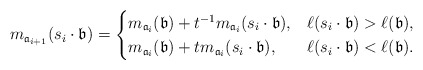
\begin{align*}m_{{\mathfrak{a}_{i+1}} }(s_i \cdot \mathfrak{b})=\begin{cases} m_{\mathfrak{a}_i} (\mathfrak{b}) + t^{-1} m_{\mathfrak{a}_i}(s_i \cdot \mathfrak{b}), & \ell(s_i \cdot \mathfrak{b}) > \ell(\mathfrak{b}), \\ m_{\mathfrak{a}_i}(\mathfrak{b}) + t m_{\mathfrak{a}_i}(s_i \cdot \mathfrak{b}), & \ell(s_i \cdot \mathfrak{b}) < \ell(\mathfrak{b}).\end{cases}\end{align*}